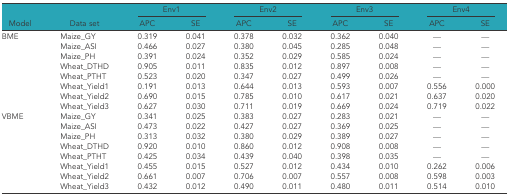
<table><thead><tr><td></td><td></td><td colspan="2"><b>Env1</b></td><td colspan="2"><b>Env2</b></td><td colspan="2"><b>Env3</b></td><td colspan="2"><b>Env4</b></td></tr><tr><td><b>Model</b></td><td><b>Data set</b></td><td><b>APC</b></td><td><b>SE</b></td><td><b>APC</b></td><td><b>SE</b></td><td><b>APC</b></td><td><b>SE</b></td><td><b>APC</b></td><td><b>SE</b></td></tr></thead><tbody><tr><td>BME</td><td>Maize_GY</td><td>0.319</td><td>0.041</td><td>0.378</td><td>0.032</td><td>0.362</td><td>0.040</td><td>—</td><td>—</td></tr><tr><td></td><td>Maize_ASI</td><td>0.466</td><td>0.027</td><td>0.380</td><td>0.045</td><td>0.285</td><td>0.048</td><td>—</td><td>—</td></tr><tr><td></td><td>Maize_PH</td><td>0.391</td><td>0.024</td><td>0.352</td><td>0.029</td><td>0.585</td><td>0.024</td><td>—</td><td>—</td></tr><tr><td></td><td>Wheat_DTHD</td><td>0.905</td><td>0.011</td><td>0.835</td><td>0.012</td><td>0.897</td><td>0.008</td><td>—</td><td>—</td></tr><tr><td></td><td>Wheat_PTHT</td><td>0.523</td><td>0.020</td><td>0.347</td><td>0.027</td><td>0.499</td><td>0.026</td><td>—</td><td>—</td></tr><tr><td></td><td>Wheat_Yield1</td><td>0.191</td><td>0.013</td><td>0.644</td><td>0.013</td><td>0.593</td><td>0.007</td><td>0.556</td><td>0.000</td></tr><tr><td></td><td>Wheat_Yield2</td><td>0.690</td><td>0.015</td><td>0.785</td><td>0.010</td><td>0.617</td><td>0.021</td><td>0.637</td><td>0.020</td></tr><tr><td></td><td>Wheat_Yield3</td><td>0.627</td><td>0.030</td><td>0.711</td><td>0.019</td><td>0.669</td><td>0.024</td><td>0.719</td><td>0.022</td></tr><tr><td>VBME</td><td>Maize_GY</td><td>0.341</td><td>0.025</td><td>0.383</td><td>0.027</td><td>0.283</td><td>0.021</td><td>—</td><td>—</td></tr><tr><td></td><td>Maize_ASI</td><td>0.473</td><td>0.022</td><td>0.427</td><td>0.027</td><td>0.369</td><td>0.025</td><td>—</td><td>—</td></tr><tr><td></td><td>Maize_PH</td><td>0.313</td><td>0.032</td><td>0.380</td><td>0.029</td><td>0.389</td><td>0.027</td><td>—</td><td>—</td></tr><tr><td></td><td>Wheat_DTHD</td><td>0.920</td><td>0.010</td><td>0.860</td><td>0.012</td><td>0.908</td><td>0.008</td><td>—</td><td>—</td></tr><tr><td></td><td>Wheat_PTHT</td><td>0.425</td><td>0.034</td><td>0.439</td><td>0.040</td><td>0.398</td><td>0.035</td><td>—</td><td>—</td></tr><tr><td></td><td>Wheat_Yield1</td><td>0.455</td><td>0.015</td><td>0.527</td><td>0.012</td><td>0.434</td><td>0.010</td><td>0.262</td><td>0.006</td></tr><tr><td></td><td>Wheat_Yield2</td><td>0.661</td><td>0.007</td><td>0.706</td><td>0.007</td><td>0.557</td><td>0.008</td><td>0.598</td><td>0.003</td></tr><tr><td></td><td>Wheat_Yield3</td><td>0.432</td><td>0.012</td><td>0.490</td><td>0.011</td><td>0.480</td><td>0.011</td><td>0.514</td><td>0.010</td></tr></tbody></table>